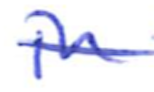
Text: in
Cross-out: single-line
Writing tool: ballpoint